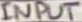
Text: INPUT